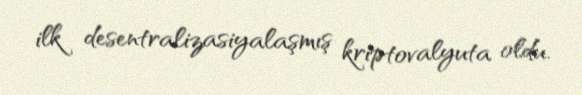
ilk desentralizasiyalaşmış kriptovalyuta oldu.